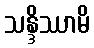
သန္ဒိဿာမိ